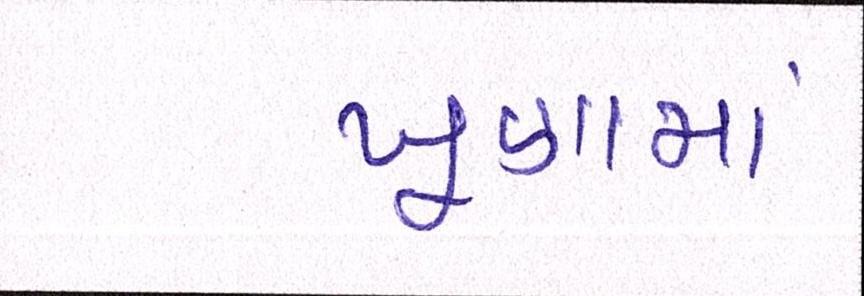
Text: ખૂણામાં